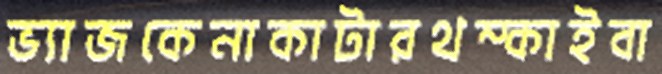
ভ্যাজকেনাকাটারথম্‌কাইবা